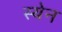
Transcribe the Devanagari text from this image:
स्येन